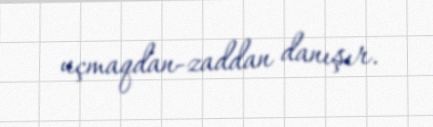
uçmaqdan-zaddan danışır.